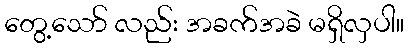
တွေ့သော် လည်း အခက်အခဲ မရှိလှပါ။